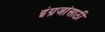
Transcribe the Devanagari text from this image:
इंग्रजांसाठी